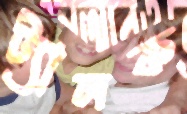
ট্যালক